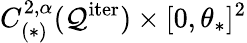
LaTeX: C_{(\ast)}^{2,\alpha}(\mathcal{Q}^{\mathrm{iter}})\times[0,\theta_{\ast}]^{2}